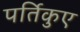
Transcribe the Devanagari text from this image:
पर्तिकुए